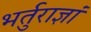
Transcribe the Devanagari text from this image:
भर्तुराज्ञां